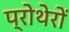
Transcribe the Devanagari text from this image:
प्रोथेरों